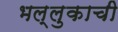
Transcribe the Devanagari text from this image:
भल्लुकाची